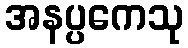
အနပ္ပကေသု